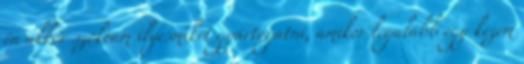
én akkor szoktam ilyesmiket gyártogatni, amikor legalább egy kezem